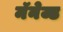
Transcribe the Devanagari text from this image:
मॅनेज्ड